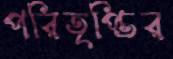
পরিতৃপ্তির